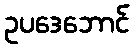
ဥပဒေဘောင်